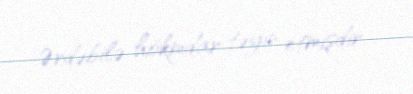
Ərdəbilə hökmdar təyin etmişdir.